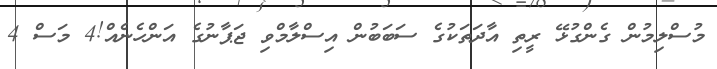
މުސްލިމުން ގެންގުޅޭ ރީތި އާދަތަކުގެ ސަބަބުން އިސްލާމްވި ޖަޕާނުގެ އަންހެނެއް!4 މަސް 4